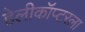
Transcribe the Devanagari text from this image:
हेलीकॉप्टरला